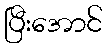
ပြီးအောင်